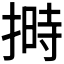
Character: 𪮛